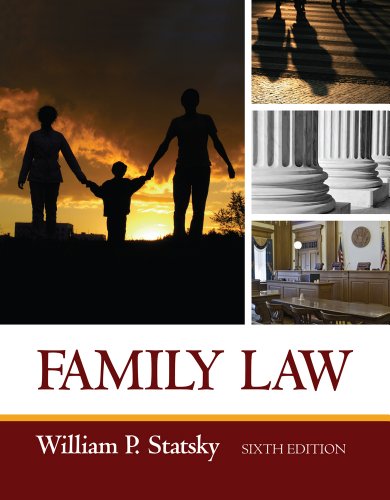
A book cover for Family Law; William P. Statsky; Law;